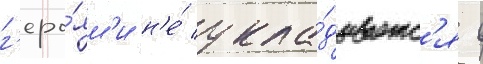
г'еро́ям'и н'е́ укла́дываетс'я в